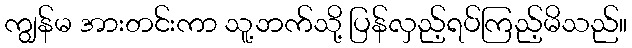
ကျွန်မ အားတင်းကာ သူ့ဘက်သို့ ပြန်လှည့်ရပ်ကြည့်မိသည်။